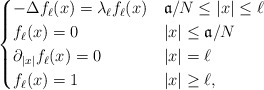
\begin{align*} \begin{cases}-\Delta f_\ell(x)=\lambda_\ell f_\ell(x)&\mathfrak{a}/N \le |x| \le \ell\\f_\ell(x)=0&|x|\le \mathfrak{a}/N\\\partial_{|x|} f_\ell(x)=0&|x|=\ell\\f_\ell(x)=1 &|x|\ge \ell,\end{cases}\end{align*}